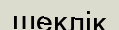
шеклік